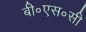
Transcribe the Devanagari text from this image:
बी॰एस॰सी